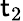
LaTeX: \mathsf{t}_{2}